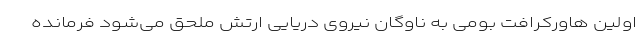
اولین هاورکرافت بومی به ناوگان نیروی دریایی ارتش ملحق می‌شود فرمانده